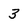
Character: 3